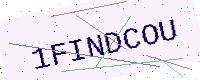
Text: 1FINDCOU